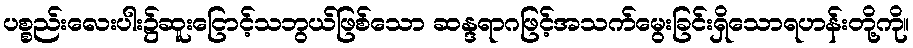
ပစ္စည်းလေးပါး၌ဆူးငြောင့်သဘွယ်ဖြစ်သော ဆန္ဒရာဂဖြင့်အသက်မွေးခြင်းရှိသောရဟန်းတို့ကို။